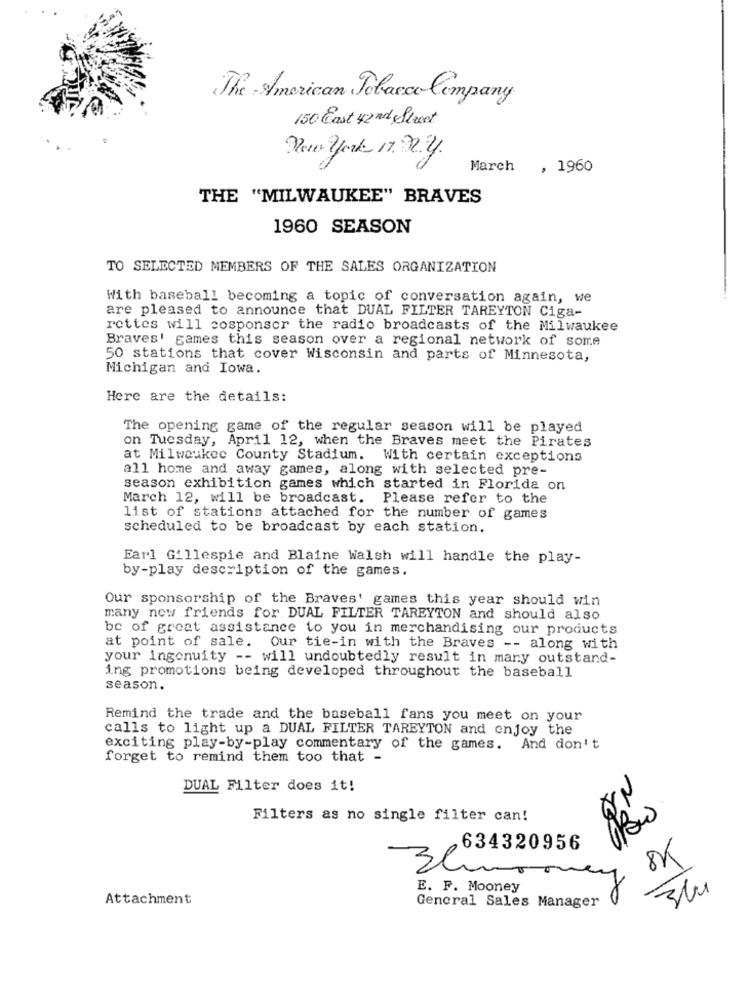
The American Tobacco Company
150 East 42nd Street
Vous york 17 222
March
, 1960
THE "MILWAUKEE" BRAVES
1960 SEASON
TO SELECTED MEMBERS OF THE SALES ORGANIZATION
With baseball becoming a topic of conversation again, we
are pleased to announce that DUAL FILTER TAREYTON Ciga-
rettes will cosponsor the radio broadcasts of the Milwaukee
Braves' games this season over a regional network of some
50 stations that cover Wisconsin and parts of Minnesota,
Michigan and Iowa.
Here are the details:
The opening game of the regular season will be played
on Tuesday, April 12, when the Braves meet the Pirates
at Milwaukee County Stadium. With certain exceptions
all home and away games, along with selected pre-
season exhibition games which started in Florida on
March 12, will be broadcast. Please refer to the
list of stations attached for the number of games
scheduled to be broadcast by each station.
Earl Gillespie and Blaine Walsh will handle the play-
by-play description of the games.
Our sponsorship of the Braves' games this year should win
many new friends for DUAL FILTER TAREYTON and should also
be of great assistance to you in merchandising our products
at point of sale. Our tie-in with the Braves -- along with
your ingenuity -- will undoubtedly result in many outstand-
ing promotions being developed throughout the baseball
season.
Remind the trade and the baseball fans you meet on your
calls to light up a DUAL FILTER TAREYTON and enjoy the
exciting play-by-play commentary of the games. And don't
forget to remind them too that -
DUAL Filter does it!
Filters as no single filter can!
634320956
8K
7
E. F. Mooney
Attachment
General Sales Manager